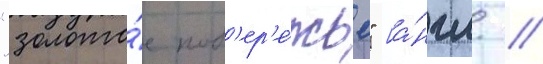
"золото́е поб'ер'е́жье" [а́нгл. //